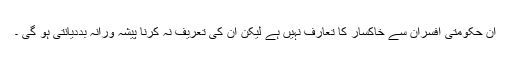
ان حکومتی افسران سے خاکسار کا تعارف نہیں ہے لیکن ان کی تعریف نہ کرنا پیشہ ورانہ بددیانتی ہو گی ۔